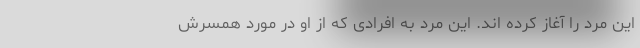
این مرد را آغاز کرده اند. این مرد به افرادی که از او در مورد همسرش